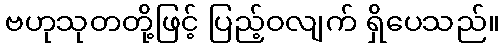
ဗဟုသုတတို့ဖြင့် ပြည့်ဝလျက် ရှိပေသည်။